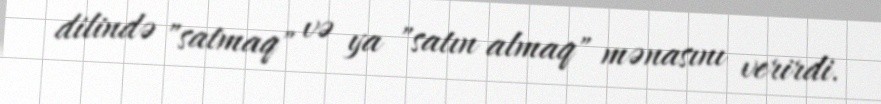
dilində "satmaq" və ya "satın almaq" mənasını verirdi.